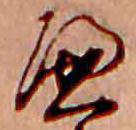
へ